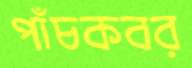
পাঁচকবর